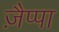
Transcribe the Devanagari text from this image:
ज़ैप्पा